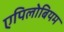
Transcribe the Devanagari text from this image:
एपिलोबियम